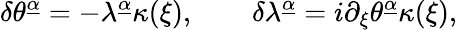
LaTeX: \delta\theta^{\underline{{\alpha}}}=-\lambda^{\underline{{\alpha}}}\kappa(\xi),\qquad\delta\lambda^{\underline{{\alpha}}}=i\partial_{\xi}\theta^{\underline{{\alpha}}}\kappa(\xi),